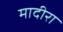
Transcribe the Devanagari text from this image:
मादीरा